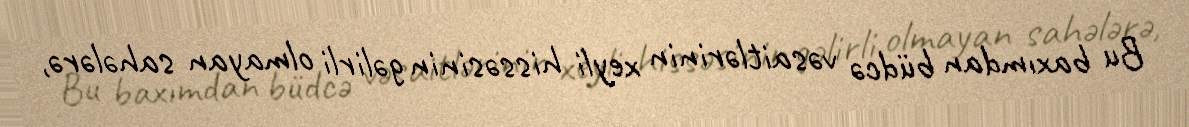
Bu baxımdan büdcə vəsaitlərinin xeyli hissəsinin gəlirli olmayan sahələrə,